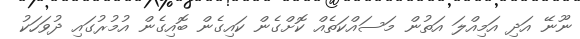
ނޫނޭ އަދި އަމިއްލަ އަތުން މަސައްކަތެއް ކޮށްގެން ކައިގެން ބޮއިގެން އުމުރުގައި ދުވަހަކު